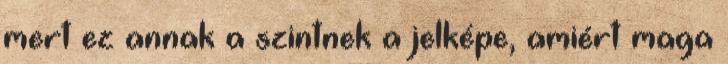
mert ez annak a szintnek a jelképe, amiért maga